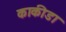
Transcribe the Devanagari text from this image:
काकीडा